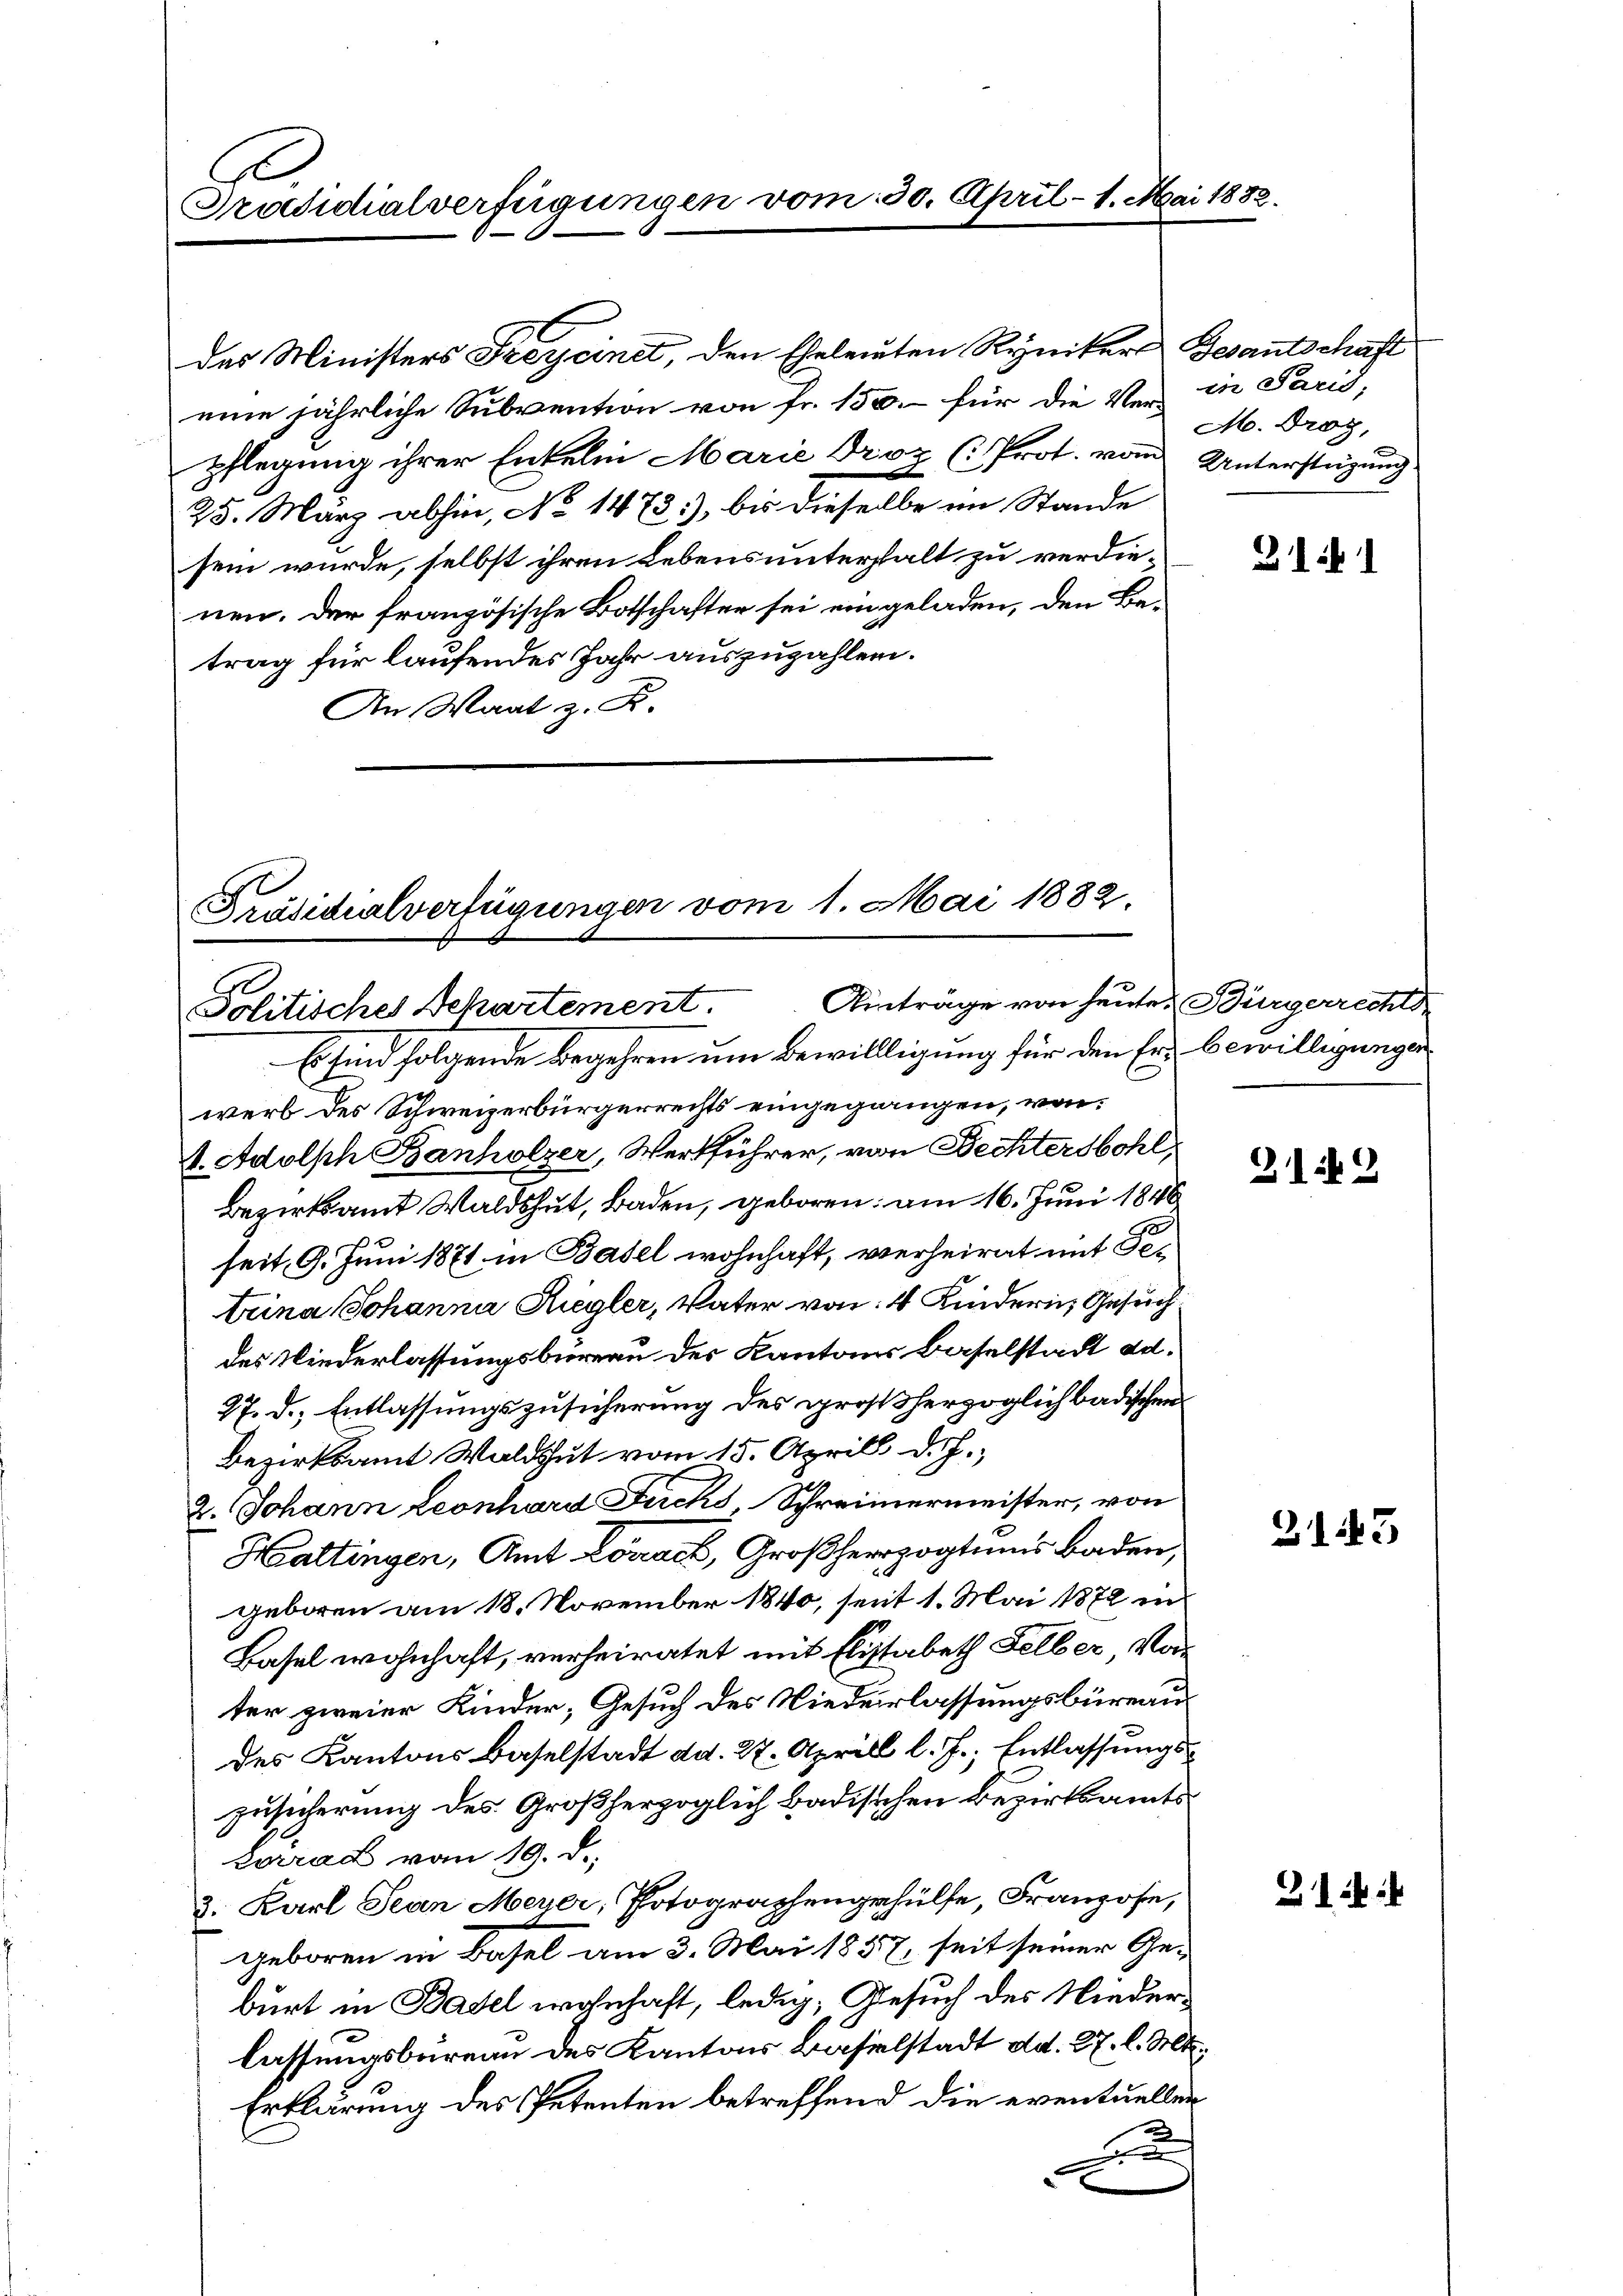
Präsidialverfügungen vom 30. April - 1. 2.

eine jährliche Subvention von Fr. 150.- für die Ver-
pflegung ihrer Enkelm Marie Droz (Prot. vom
25. März abhin, No 1473), bis dieselbe im Stande
sein würde, selbst ihren Lebens unterhalt zu verdienen. Der französische Botschafter sei eingeladen, den Be-
trag für laufendes Jahr auszuzahlen.
An Waat z. R.

Präsidialverfügungen vom 1. Mai 1882.
Ainträge von heute. Bürgerrechte
Politisches Departement.

werb des Schweizerbürgerrechts eingegangen, von
V. Adolsch Banholzer, Werkführer, von Bechtersbohl,
Bezirksamt Waldshut, Baden, geboren; am 16. Juni 1846
seit 9. Juni 1871 in Basel wohnhaft, verheirat mit Setrina Johanna Riegler, Vater von 4 Kindern, Gesuch
des Niederlassungsbüreau des Kantons Baselstadt ad.
27. d. Entlassungszusicherung des großherzoglich badischen
Bezirksamt Waldshut vom 15. Aprill d. J.,
2. Johann Leonhard Fuchs Schreimermeister, von
Haltingen, Amt Lörrach, Großherzogtums Baden,
geboren am 18. November 1840, seit 1. Mai 1872 in
Basel wohnhaft, verheiratet mit Elisabeth Felber Vorter zweier Kinder, Gesuch des Niederlassungsbüreau
des Kantons Baselstadt dd. 27. Aprill l. J., Entlassungszusicherung des Großherzoglich badischen Bezirksamtsvorrad vom 19. d.
3. Karl Jean Meyer, Potographengehülfe, Franzose,
geboren in Basel am 3. Mai 1857, seit seiner Geburt in Basel wohnhaft, ledig, Gesuch des Niederlassungsbureau des Kantons Baselstadt dd. 27. l. Mt
Erklärung des Petenten betreffend die eventuellen
2
e

Es sind folgende Begehren um Bewilligung für den Er bewilligungen

des Ministers Freycinet, den Eheleuten Rynikers

i 10.

Gesantschaft
in Paris,
M. Drog,
Unterstüzung

31

3149

2143

31: